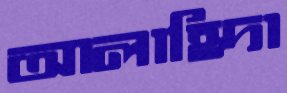
আলাহিদা